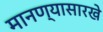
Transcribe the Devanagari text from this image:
मानण्यासारखे